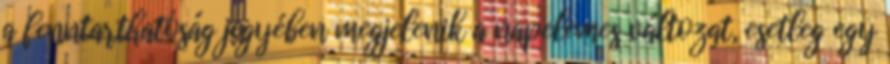
a fenntarthatóság jegyében megjelenik a napelemes változat, esetleg egy